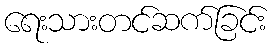
ရေးသားတင်ဆက်ခြင်း